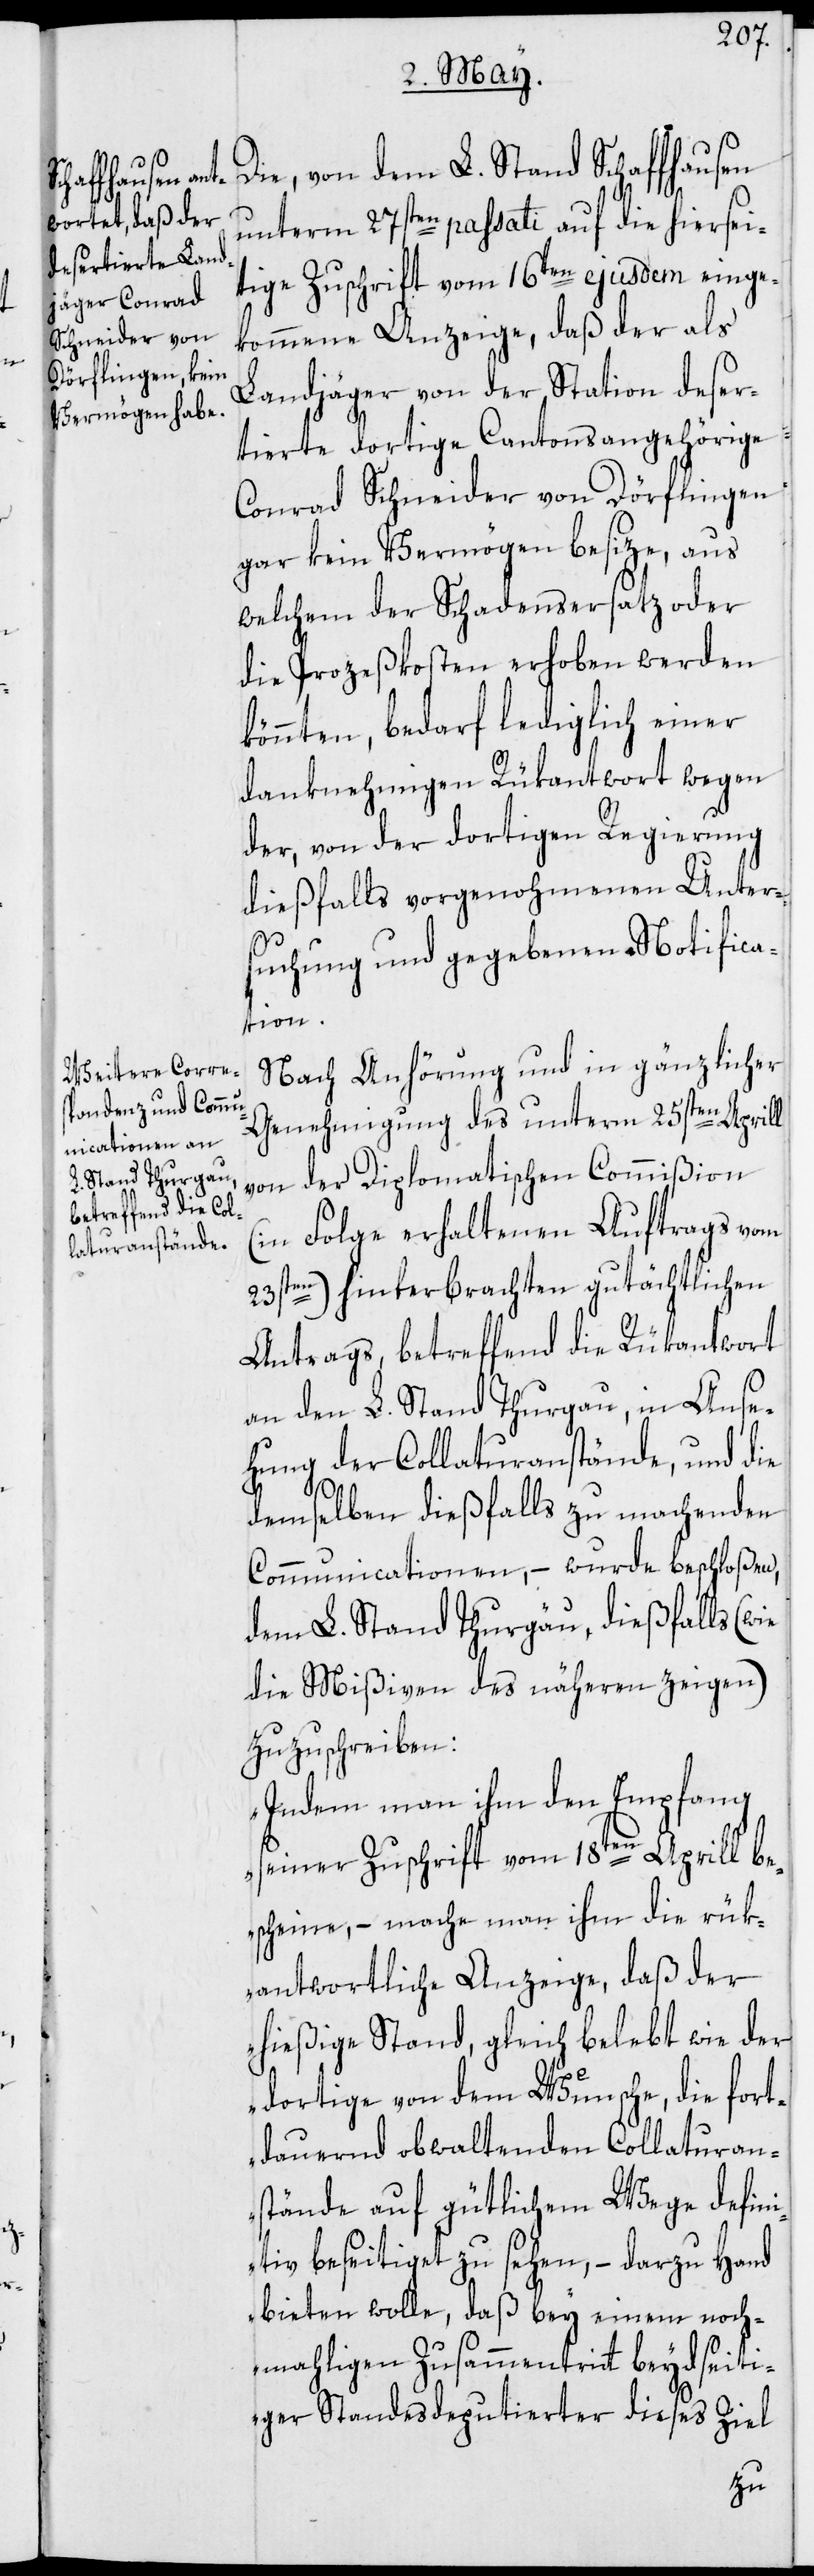
Die, von dem L. Stand Schaffhausen
unterm 27sten passati auf die hiersei¬
tige Zuschrift vom 16ten ejusdem einge¬
kommene Anzeige, daß der als
Landjäger von der Station deser¬
tierte dortige Cantonsangehörige
Conrad Schneider von Dörflingen
gar kein Vermögen besize, aus
welchem der Schadensersatz oder
die Prozeßkosten erhoben werden
könnten, bedarf lediglich einer
danknehmigen Rükantwort wegen
der, von der dortigen Regierung
dießfalls vorgenohmenen Unter¬
suchung und gegebenen Notifica¬
tion.
Nach Anhörung und in gänzlicher
Genehmigung des unterm 25sten Aprill
von der Diplomatischen Commißion
(in Folge erhaltenen Auftrags vom
23sten) hinterbrachten gutächtlichen
Antrags, betreffend die Rükantwort
an den L. Stand Thurgau, in Anse¬
hung der Collaturanstände, und die
demselben dießfalls zu machenden
Communicationen, – wurde beschloßen,
dem L. Stand Thurgau, dießfalls (wie
die Mißiven des näheren zeigen)
zuzuschreiben:
„Indem man ihm den Empfang
seiner Zuschrift vom 18ten Aprill be¬
scheine, – mache man ihm die rük¬
antwortliche Anzeige, daß der
hießige Stand, gleich belebt wie der
dortige von dem Wunsche, die fort¬
dauernd obwaltenden Collaturan¬
stände auf gütlichem Wege defin¬
itiv beseitiget zu sehen, – darzu Hand
bieten wolle, daß bey einem noch¬
mahligen Zusammentritt beydseiti¬
ger Standesdeputierter dieses Ziel